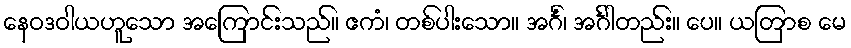
နေဝဒဝါယဟူသော အကြောင်းသည်။ ဧကံ၊ တစ်ပါးသော။ အင်္ဂံ၊ အင်္ဂါတည်း။ ပေ။ ယတြာစ မေ